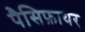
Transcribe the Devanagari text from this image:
पैसिफ़ायर